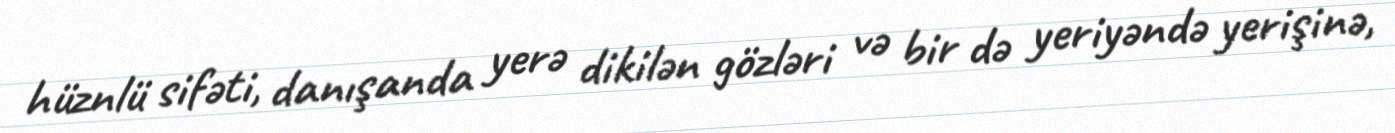
hüznlü sifəti, danışanda yerə dikilən gözləri və bir də yeriyəndə yerişinə,